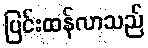
ပြင်းထန်လာသည်